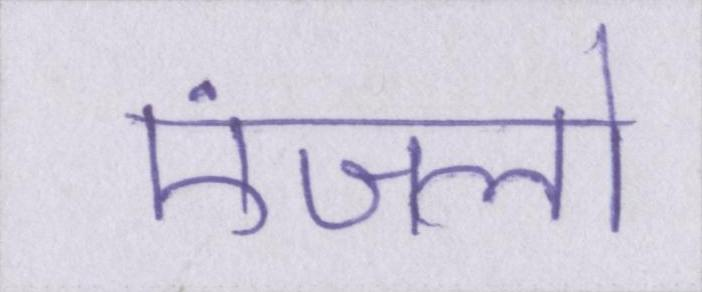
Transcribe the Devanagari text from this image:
एंजलो